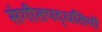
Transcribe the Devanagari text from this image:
संगीतपद्धतियों